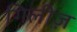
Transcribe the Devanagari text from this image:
गिलीज़